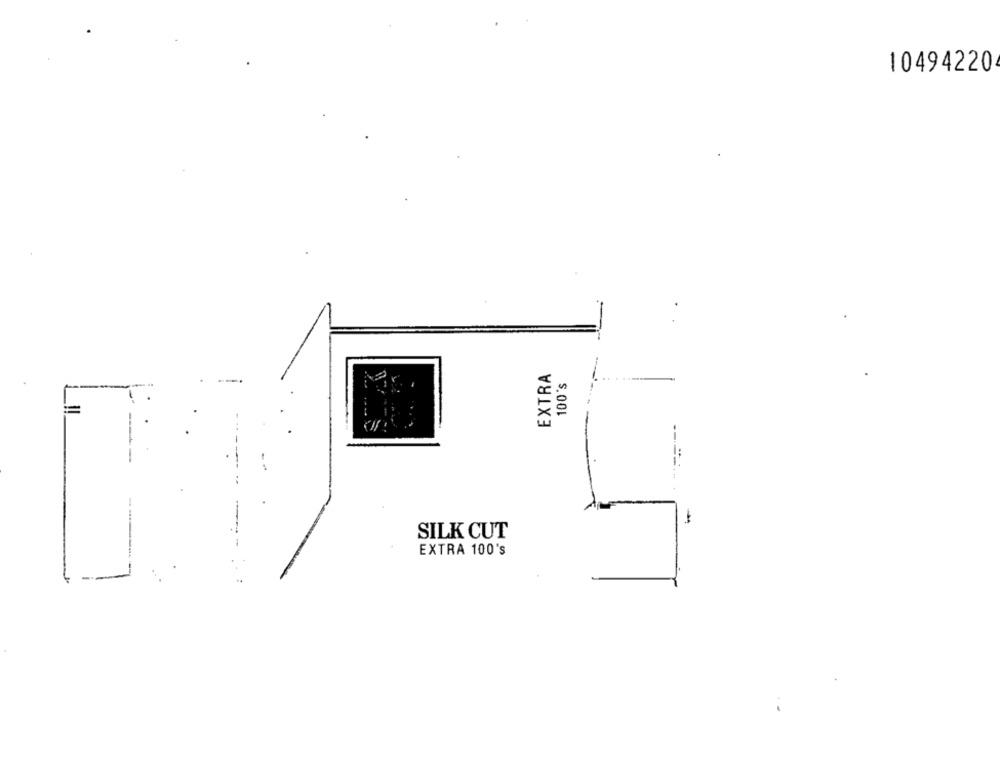
10494220
EXTRA
100's
-
SILK CUT
EXTRA 100's